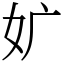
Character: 㚧